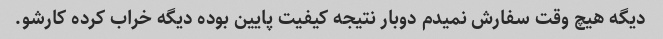
دیگه هیچ وقت سفارش نمیدم دوبار نتیجه کیفیت پایین بوده دیگه خراب کرده کارشو.